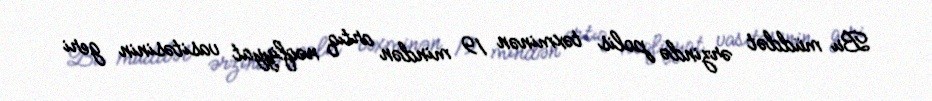
Bu müddət ərzində polis təxminən 19 mindən artıq nəqliyyat vasitəsinin geri